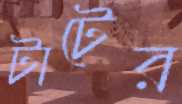
টাটের